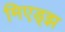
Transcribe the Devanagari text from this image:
मिएड्झ